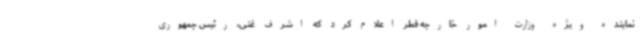
نماینده ویژه وزارت امور خارجه قطر اعلام کرد که اشرف غنی، رئیس جمهوری